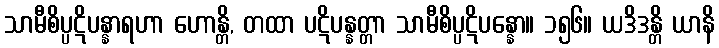
သာမီစိပ္ပဋိပန္နာရဟာ ဟောန္တိ, တထာ ပဋိပန္နတ္တာ သာမီစိပ္ပဋိပန္နော။ ၁၅၆။ ယဒိဒန္တိ ယာနိ